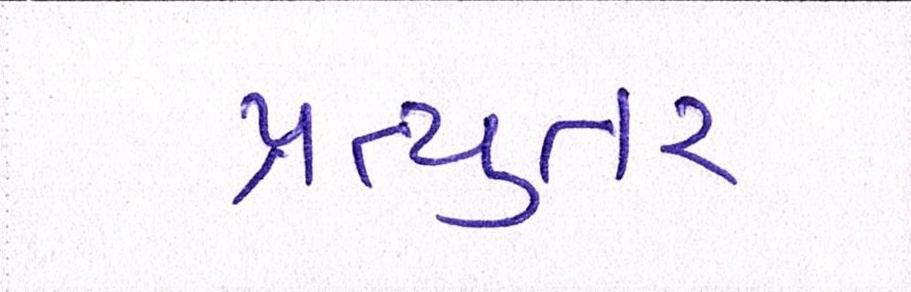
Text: પ્રત્યુતર